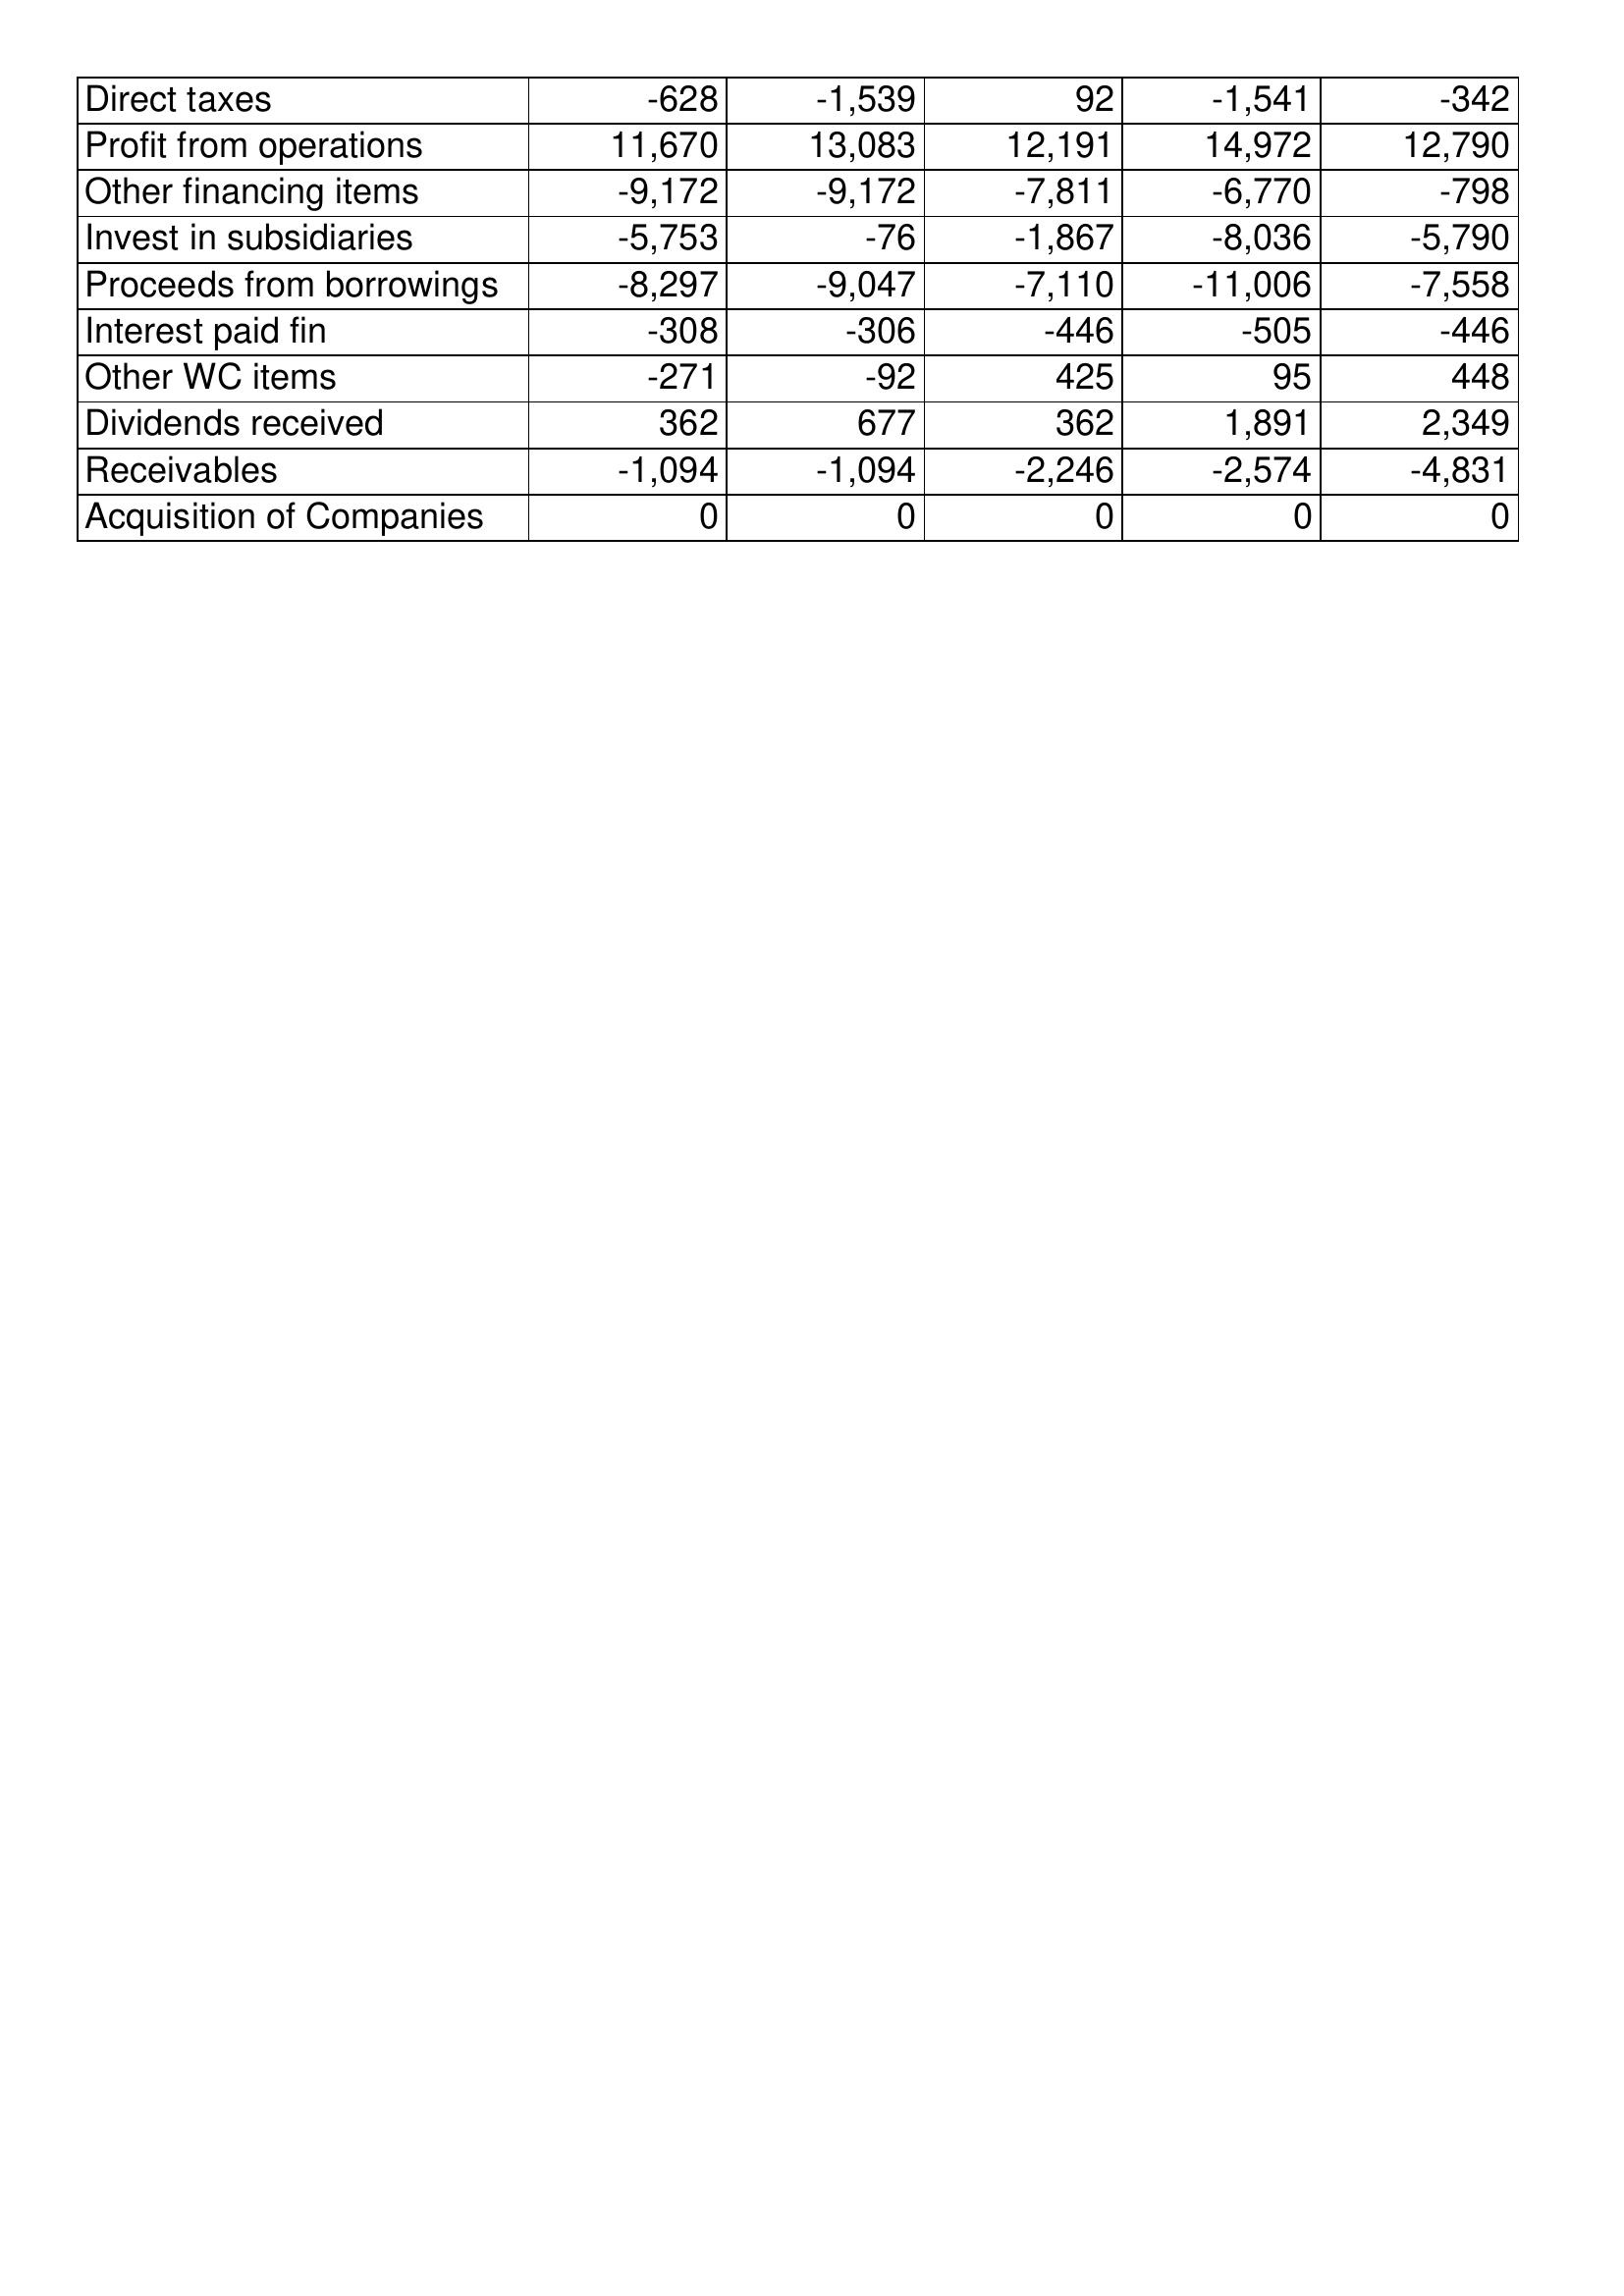
Mar-13: Cash Flows: Direct taxes: -628
Profit from operations: 11,670
Other financing items: -9,172
Invest in subsidiaries: -5,753
Proceeds from borrowings: -8,297
Interest paid fin: -308
Other WC items: -271
Dividends received: 362
Receivables: -1,094
Acquisition of Companies: 0
Mar-12: Cash Flows: Direct taxes: -1,539
Profit from operations: 13,083
Other financing items: -9,172
Invest in subsidiaries: -76
Proceeds from borrowings: -9,047
Interest paid fin: -306
Other WC items: -92
Dividends received: 677
Receivables: -1,094
Acquisition of Companies: 0
Mar-11: Cash Flows: Direct taxes: 92
Profit from operations: 12,191
Other financing items: -7,811
Invest in subsidiaries: -1,867
Proceeds from borrowings: -7,110
Interest paid fin: -446
Other WC items: 425
Dividends received: 362
Receivables: -2,246
Acquisition of Companies: 0
Mar-10: Cash Flows: Direct taxes: -1,541
Profit from operations: 14,972
Other financing items: -6,770
Invest in subsidiaries: -8,036
Proceeds from borrowings: -11,006
Interest paid fin: -505
Other WC items: 95
Dividends received: 1,891
Receivables: -2,574
Acquisition of Companies: 0
Mar-09: Cash Flows: Direct taxes: -342
Profit from operations: 12,790
Other financing items: -798
Invest in subsidiaries: -5,790
Proceeds from borrowings: -7,558
Interest paid fin: -446
Other WC items: 448
Dividends received: 2,349
Receivables: -4,831
Acquisition of Companies: 0